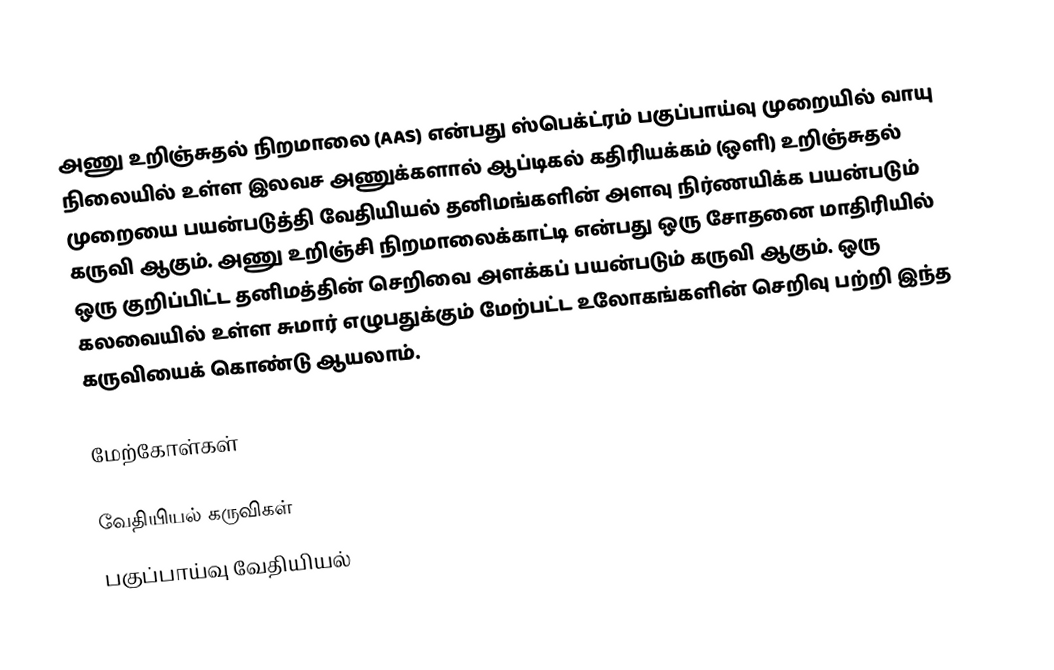
அணு உறிஞ்சுதல் நிறமாலை (AAS) என்பது ஸ்பெக்ட்ரம் பகுப்பாய்வு முறையில் வாயு நிலையில் உள்ள இலவச அணுக்களால் ஆப்டிகல் கதிரியக்கம் (ஒளி) உறிஞ்சுதல் முறையை பயன்படுத்தி வேதியியல் தனிமங்களின் அளவு நிர்ணயிக்க பயன்படும் கருவி ஆகும். அணு உறிஞ்சி நிறமாலைக்காட்டி என்பது ஒரு சோதனை மாதிரியில் ஒரு குறிப்பிட்ட தனிமத்தின் செறிவை அளக்கப் பயன்படும் கருவி ஆகும். ஒரு கலவையில் உள்ள சுமார் எழுபதுக்கும் மேற்பட்ட உலோகங்களின் செறிவு பற்றி இந்த கருவியைக் கொண்டு ஆயலாம்.

மேற்கோள்கள்

வேதியியல் கருவிகள்
பகுப்பாய்வு வேதியியல்